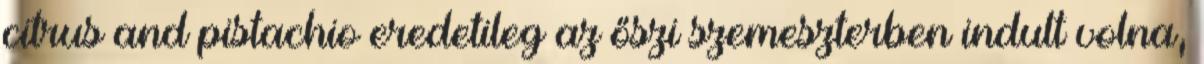
citrus and pistachio eredetileg az őszi szemeszterben indult volna,